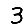
Digit: 3